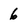
Character: 6